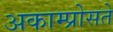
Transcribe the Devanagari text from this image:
अकाम्प्रोसते